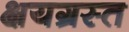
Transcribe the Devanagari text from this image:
क्षयग्रस्त